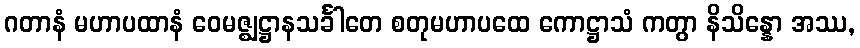
ဂတာနံ မဟာပထာနံ ဝေမဇ္ဈဋ္ဌာနသင်္ခါတေ စတုမဟာပထေ ကောဋ္ဌာသံ ကတွာ နိသိန္နော အဿ,